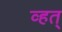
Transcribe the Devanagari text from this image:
व्हत्